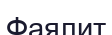
Фаялит